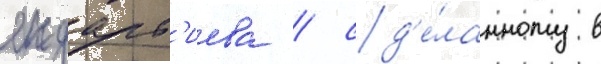
яндарб'иева / сд'е́ланному в